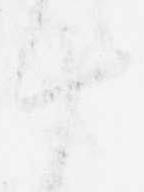
十